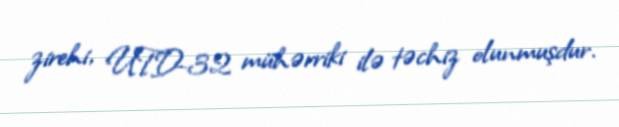
zirehi, UTD-32 mühərriki ilə təchiz olunmuşdur.